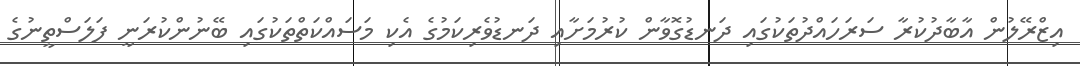
އިޒްރޭލުން އާބާދުކުރާ ސަރަހައްދުތަކުގައި ދަނޑުގޮވާން ކުރުމަށާއި ދަނޑުވެރިކަމުގެ އެކި މަސައްކަތްތަކުގައި ބޭނުންކުރަނީ ފަލަސްތީނުގެ